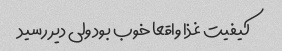
کیفیت غذا واقعا خوب بود ولی دیر رسید